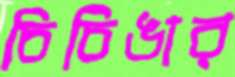
চিচিঙার